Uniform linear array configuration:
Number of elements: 64
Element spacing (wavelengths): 0.5
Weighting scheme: exponential
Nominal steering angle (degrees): -30
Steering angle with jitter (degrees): -31.004
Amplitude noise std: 0.05
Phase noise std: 0.05

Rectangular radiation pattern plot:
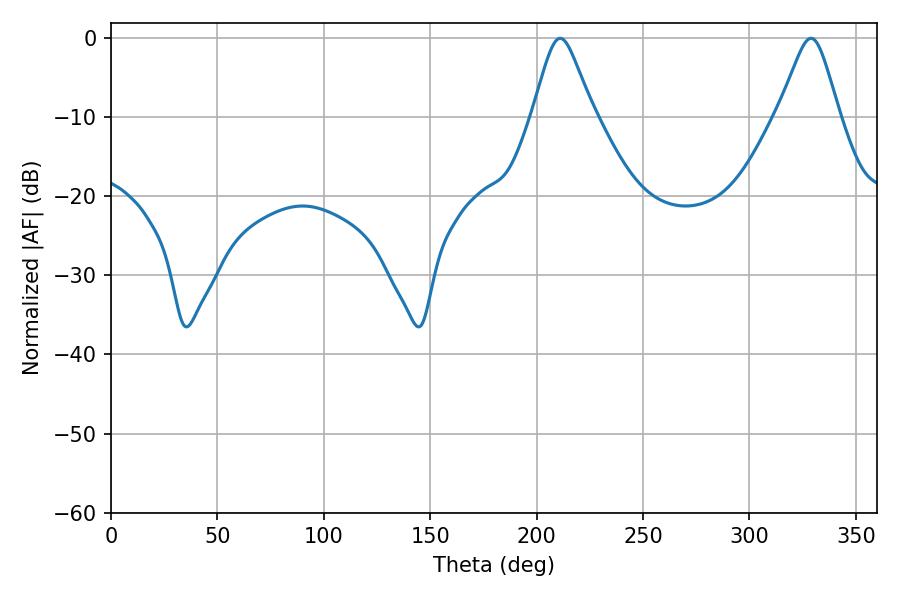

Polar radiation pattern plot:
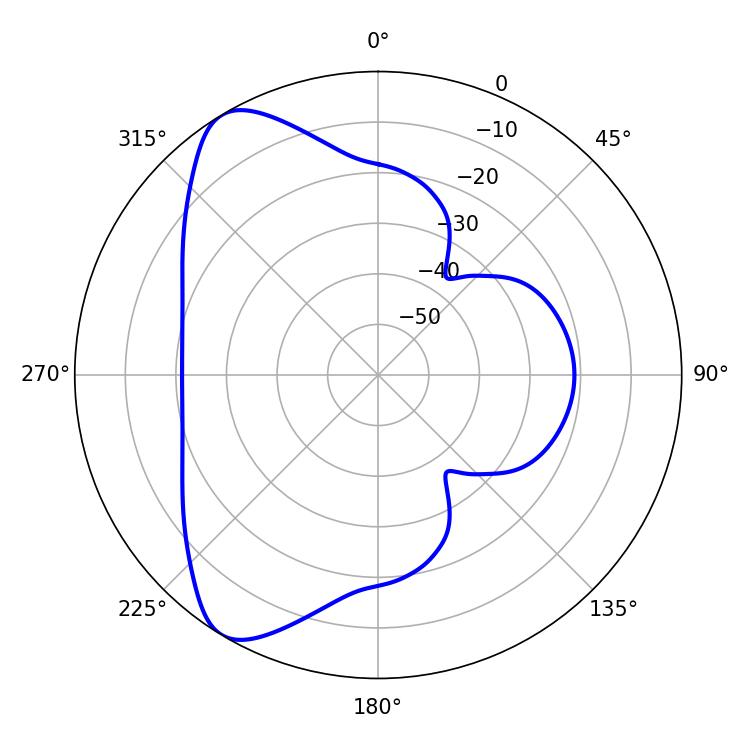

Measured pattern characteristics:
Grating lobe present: FALSE
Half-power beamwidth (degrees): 13.5
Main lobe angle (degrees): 211.14